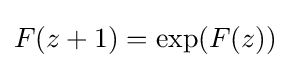
F(z+1)=\exp(F(z))